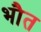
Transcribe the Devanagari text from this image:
भौत